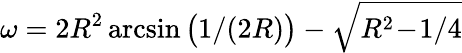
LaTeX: \omega=2R^{2}\arcsin\big(1/(2R)\big)-\sqrt{R^{2}\! -\! 1/4}